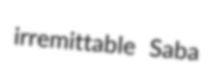
irremittable Saba